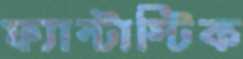
ফ্যান্টাস্টিক